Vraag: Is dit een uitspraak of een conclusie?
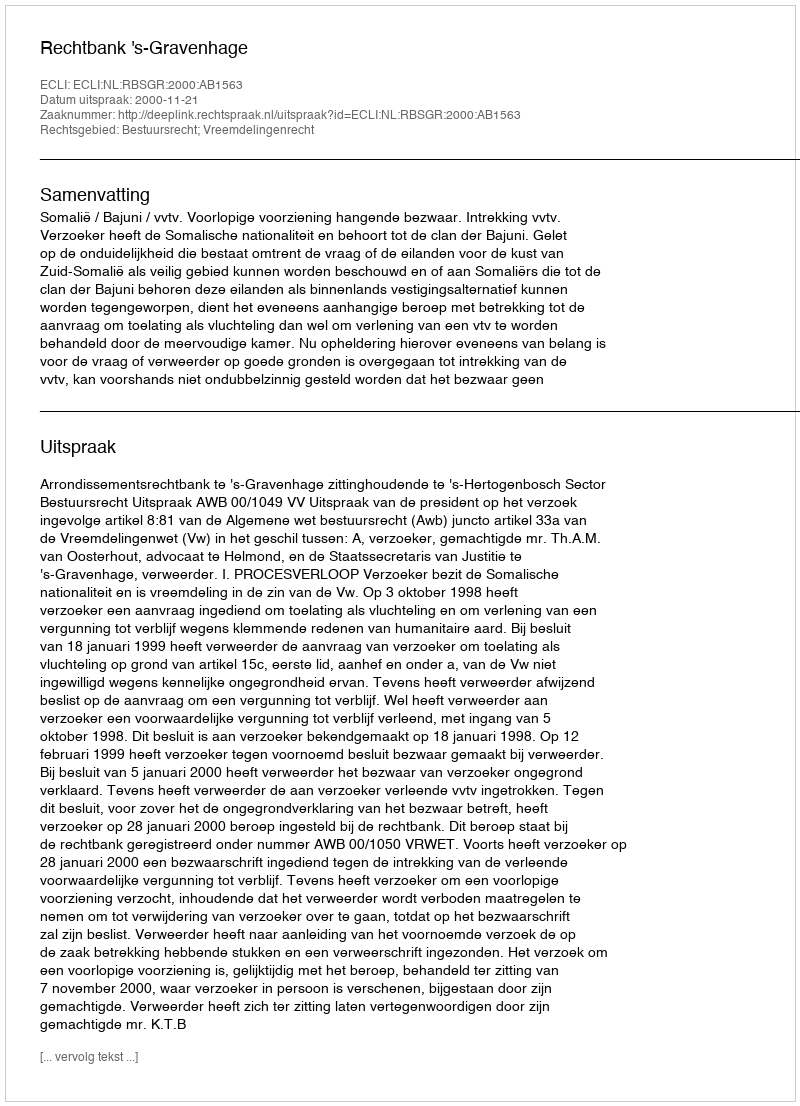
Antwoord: Uitspraak